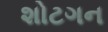
શોટગન